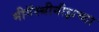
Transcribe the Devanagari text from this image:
मीगॅस्थीनीझच्या